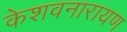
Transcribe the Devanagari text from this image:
केशवनारायण